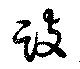
跂